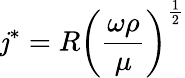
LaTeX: \mathit{j}^{*}=R\left({\frac{{\omega\rho}}{{\mu}}}\right)^{\frac{{1}}{{2}}}